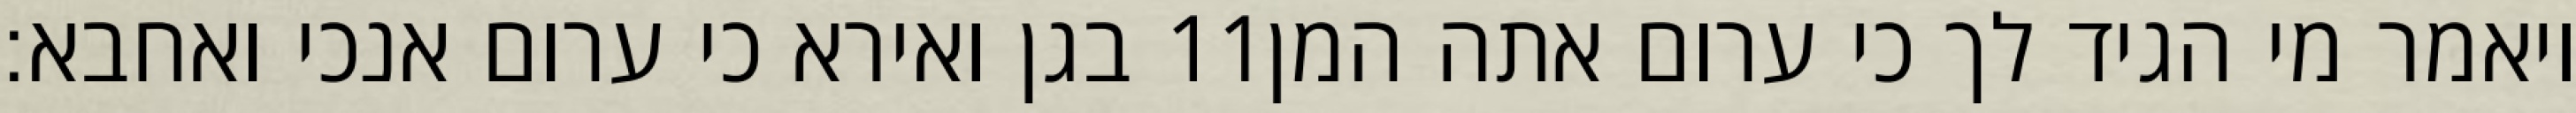
בגן ואירא כי ערום אנכי ואחבא׃ ‎11‏ ויאמר מי הגיד לך כי ערום אתה המן